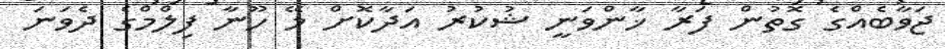
ޖަވާބެއްގެ ގޮތުން ފަރާ ޚާންވަނީ ޝުކުރު އަދާކޮށް މޭ ހޫނާ ފިލްމްގެ ދެވަނަ